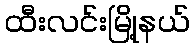
ထီးလင်းမြို့နယ်